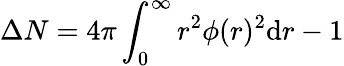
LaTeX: \Delta N=4\pi\int_{0}^{\infty}r^{2}\phi(r)^{2}\mathrm{d}r-1